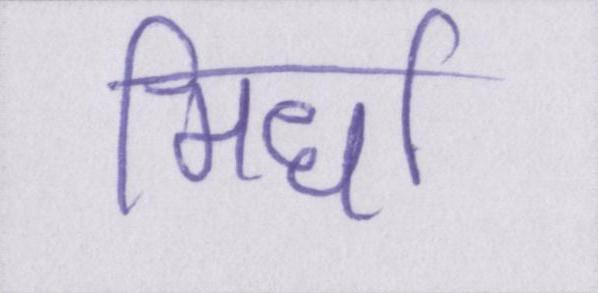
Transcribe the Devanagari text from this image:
मिर्धा